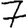
Digit: 7